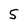
Character: 5